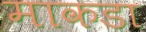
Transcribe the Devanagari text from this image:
माकडा